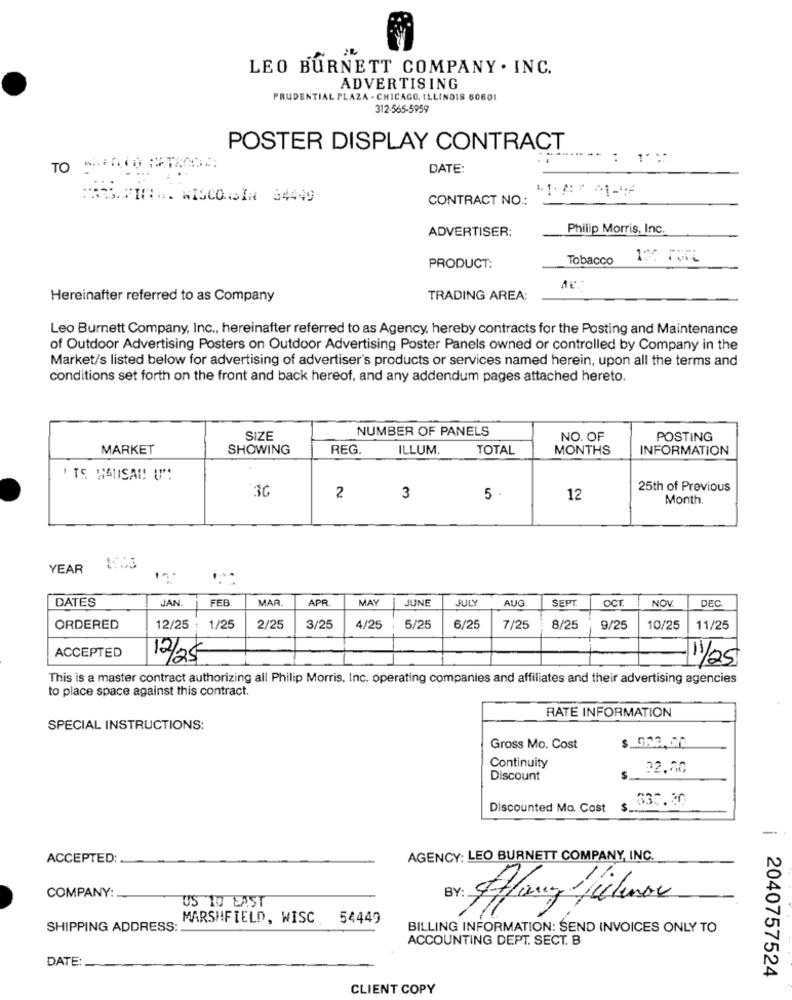
LEO BURNETT COMPANY . INC.
ADVERTISING
PRUDENTIAL PLAZA . CHICAGO, ILLINOIS 60601
312-565-5959
POSTER DISPLAY CONTRACT
: 1:
TO
DATE:
MARS. FIN .. WISCONSIN 64449
CONTRACT NO .:
ADVERTISER:
Philip Morris, Inc.
Tobacco
PRODUCT:
Hereinafter referred to as Company
TRADING AREA:
Leo Burnett Company, Inc ., hereinafter referred to as Agency, hereby contracts for the Posting and Maintenance
of Outdoor Advertising Posters on Outdoor Advertising Poster Panels owned or controlled by Company in the
Market/s listed below for advertising of advertiser's products or services named herein, upon all the terms and
conditions set forth on the front and back hereof, and any addendum pages attached hereto.
NUMBER OF PANELS
SIZE
NO. OF
POSTING
MARKET
SHOWING
REG.
ILLUM.
TOTAL
MONTHS
INFORMATION
' TS HANSAC UM
30
25th of Previous
2
3
5 .
12
Month.
YEAR
DATES
JAN
FEB.
MAF
APR
MAY
JUNE
JUL
AUG
SEPT
OCT
NOV
DEC
ORDERED
12/25 :
1/25
2/25
3/25
4/25
5/25
6/25
7/25
8/25
9/25
10/25
11/25
ACCEPTED
12/25
11/25
This is a master contract authorizing all Philip Morris, Inc. operating companies and affiliates and their advertising agencies
to place space against this contract.
RATE INFORMATION
SPECIAL INSTRUCTIONS:
Gross Mo. Cost
Continuity
32.50
Discount
S
330.30
Discounted Ma Cost
$.
--
ACCEPTED:
AGENCY: LEO BURNETT COMPANY, INC.
COMPANY:
US 10 EAST
MARSHFIELD, WISC 54449
SHIPPING ADDRESS:
BILLING INFORMATION: SEND INVOICES ONLY TO
ACCOUNTING DEPT. SECT. B
DATE:
2040757524
CLIENT COPY